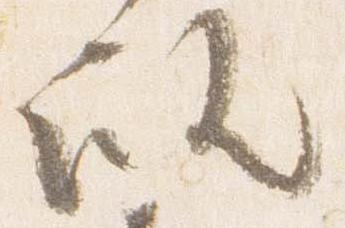
殿